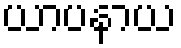
ယာပနာယ